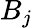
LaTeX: B_{j}